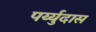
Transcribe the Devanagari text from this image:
पर्य्युदास